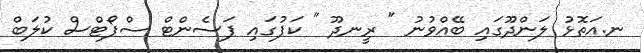
ނ.އަތޮޅު ލަންދޫގައި ބޭއްވުނު " ރީނދޫ " ކަޕުގައި ޕަސެންޓް ސްޕޯޓްސް ކުލަބް